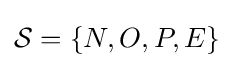
{\mathcal {S}}=\{N,O,P,E\}